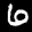
Label: 6